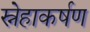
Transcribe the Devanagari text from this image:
स्नेहाकर्षण